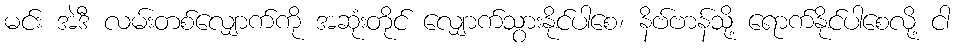
မင်း အဲဒီ လမ်းတစ်လျှောက်ကို အဆုံးတိုင် လျှောက်သွားနိုင်ပါစေ၊ နိဗ်ဗာန်သို့ ရောက်နိုင်ပါစေလို့ ငါ